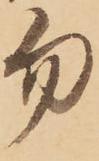
勿